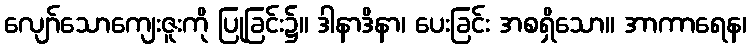
လျော်သောကျေးဇူးကို ပြုခြင်း၌။ ဒါနာဒိနာ၊ ပေးခြင်း အစရှိသော။ အာကာရေန၊